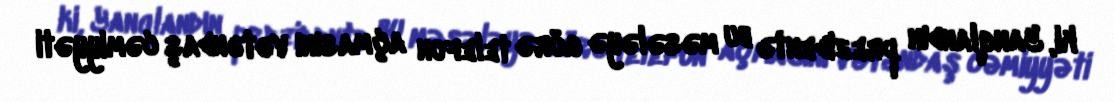
ki, Yanqlandın prezidentə bu məsələyə görə telefon açmasını vətəndaş cəmiyyəti